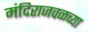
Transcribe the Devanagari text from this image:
मंदिराजवळच्या